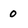
Character: 0